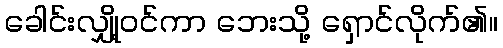
ခေါင်းလျှို့ဝင်ကာ ဘေးသို့ ရှောင်လိုက်၏။